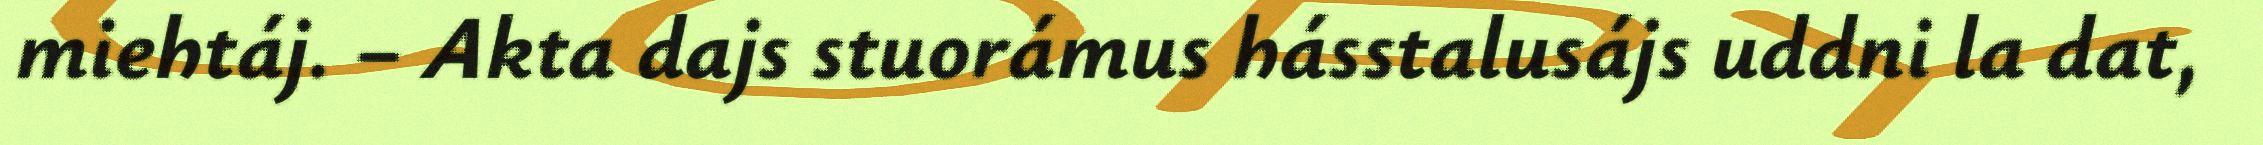
miehtáj. – Akta dajs stuorámus hásstalusájs uddni la dat,